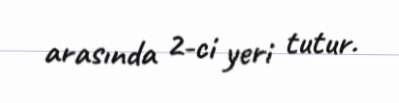
arasında 2-ci yeri tutur.